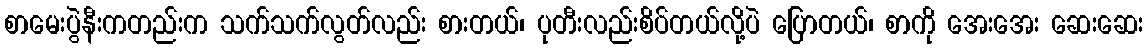
စာမေးပွဲနီးကတည်းက သက်သက်လွတ်လည်း စားတယ်၊ ပုတီးလည်းစိပ်တယ်လို့ပဲ ပြောတယ်၊ စာကို အေးအေး ဆေးဆေး